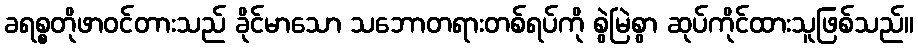
ခရစ္စတိုဖာဝင်တားသည် ခိုင်မာသော သဘောတရားတစ်ရပ်ကို စွဲမြဲစွာ ဆုပ်ကိုင်ထားသူဖြစ်သည်။